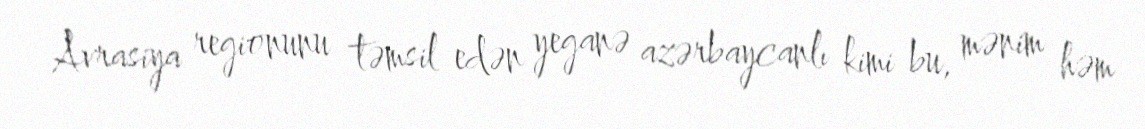
Avrasiya regionunu təmsil edən yeganə azərbaycanlı kimi bu, mənim həm